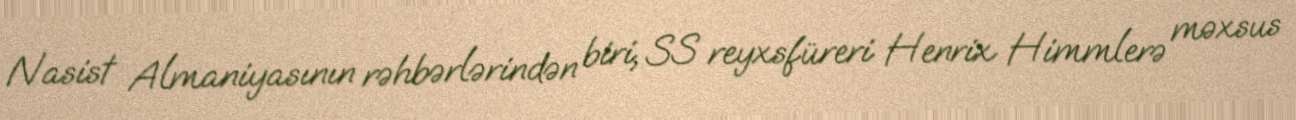
Nasist Almaniyasının rəhbərlərindən biri, SS reyxsfüreri Henrix Himmlerə məxsus